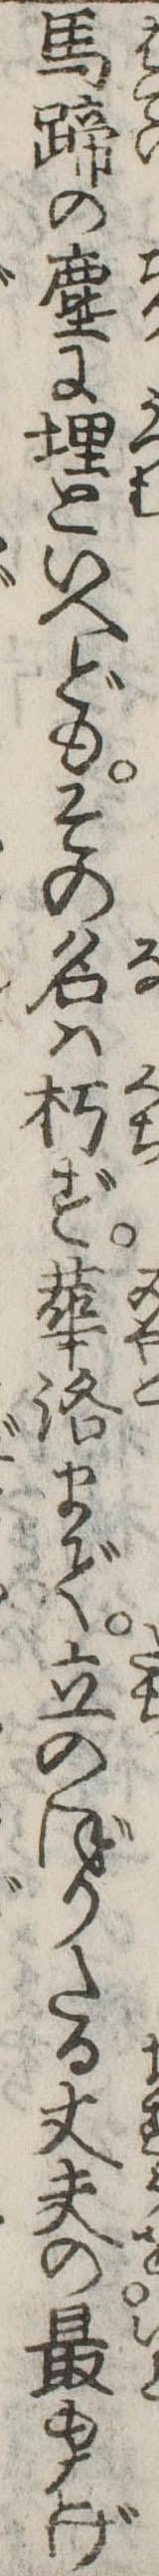
馬蹄の塵に埋といへどもその名は朽ず華洛まで立のぼりたる丈夫の最もはげ